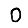
Digit: 0